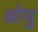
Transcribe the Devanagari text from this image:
ओयु